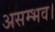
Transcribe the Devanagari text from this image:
असम्भव।